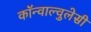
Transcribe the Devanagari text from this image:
कॉन्वाल्वुलेसी